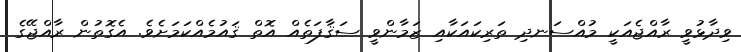
ވިދާޅުވީ ރާއްޖެއަކީ މުއްސަނދި ތަރިކައަކާއި ޒަމާންވީ ސަޤާފަތެއް އޮތް ޤައުމެއްކަމަށެވެ. އެގޮތުން ރާއްޖޭގެ